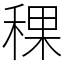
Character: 稞